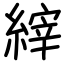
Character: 縡